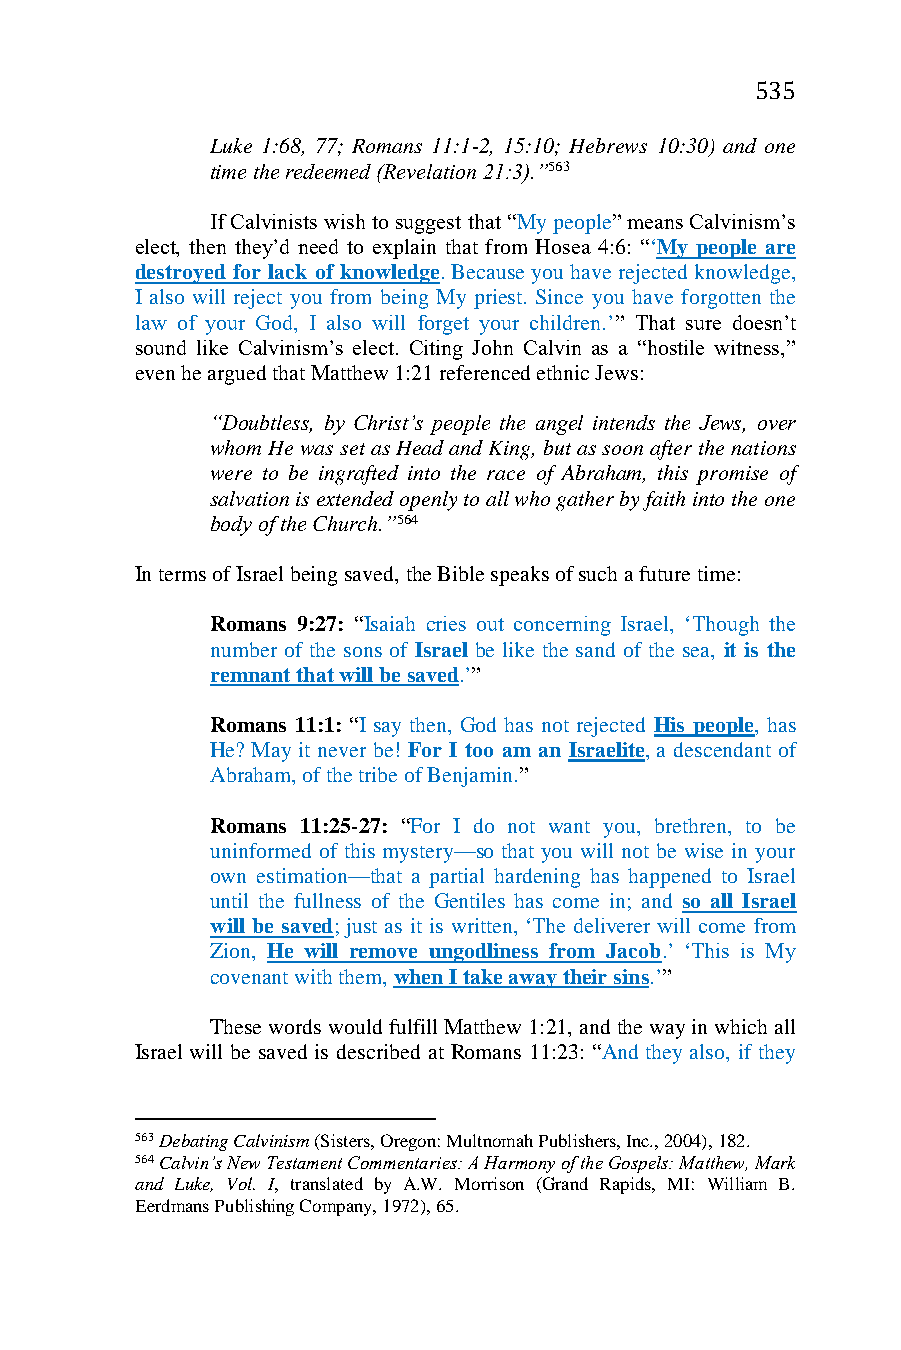
535
 Luke 1:68, 77; Romans 11:1-2, 15:10; Hebrews 10:30) and one
 time the redeemed (Revelation 21:3).”563
 If Calvinists wish to suggest that “My people” means Calvinism’s
 elect, then they’d need to explain that from Hosea 4:6: “‘My people are
 destroyed for lack of knowledge. Because you have rejected knowledge,
 I also will reject you from being My priest. Since you have forgotten the
 law of your God, I also will forget your children.’” That sure doesn’t
 sound like Calvinism’s elect. Citing John Calvin as a “hostile witness,”
 even he argued that Matthew 1:21 referenced ethnic Jews:
 “Doubtless, by Christ’s people the angel intends the Jews, over
 whom He was set as Head and King, but as soon after the nations
 were to be ingrafted into the race of Abraham, this promise of
 salvation is extended openly to all who gather by faith into the one
 body of the Church.”564
 In terms of Israel being saved, the Bible speaks of such a future time:
 Romans 9:27: “Isaiah cries out concerning Israel, ‘Though the
 number of the sons of Israel be like the sand of the sea, it is the
 remnant that will be saved.’”
 Romans 11:1: “I say then, God has not rejected His people, has
 He? May it never be! For I too am an Israelite, a descendant of
 Abraham, of the tribe of Benjamin.”
 Romans 11:25-27: “For I do not want you, brethren, to be
 uninformed of this mystery—so that you will not be wise in your
 own estimation—that a partial hardening has happened to Israel
 until the fullness of the Gentiles has come in; and so all Israel
 will be saved; just as it is written, ‘The deliverer will come from
 Zion, He will remove ungodliness from Jacob.’ ‘This is My
 covenant with them, when I take away their sins.’”
 These words would fulfill Matthew 1:21, and the way in which all
 Israel will be saved is described at Romans 11:23: “And they also, if they
 563 Debating Calvinism (Sisters, Oregon: Multnomah Publishers, Inc., 2004), 182.
 564 Calvin’s New Testament Commentaries: A Harmony of the Gospels: Matthew, Mark
 and Luke, Vol. I, translated by A.W. Morrison (Grand Rapids, MI: William B.
 Eerdmans Publishing Company, 1972), 65.